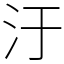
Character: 汙